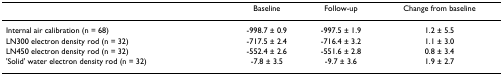
<table><thead><tr><td></td><td><b>Baseline</b></td><td><b>Follow-up</b></td><td><b>Change from baseline</b></td></tr></thead><tbody><tr><td>Internal air calibration (n = 68)</td><td>-998.7 ± 0.9</td><td>-997.5 ± 1.9</td><td>1.2 ± 5.5</td></tr><tr><td>LN300 electron density rod (n = 32)</td><td>-717.5 ± 2.4</td><td>-716.4 ± 3.2</td><td>1.1 ± 3.0</td></tr><tr><td>LN450 electron density rod (n = 32)</td><td>-552.4 ± 2.6</td><td>-551.6 ± 2.8</td><td>0.8 ± 3.4</td></tr><tr><td>&#x27;Solid&#x27; water electron density rod (n = 32)</td><td>-7.8 ± 3.5</td><td>-9.7 ± 3.6</td><td>1.9 ± 2.7</td></tr></tbody></table>